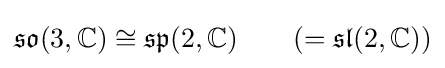
{\mathfrak {so}}(3,\mathbb {C} )\cong {\mathfrak {sp}}(2,\mathbb {C} )\qquad (={\mathfrak {sl}}(2,\mathbb {C} ))